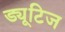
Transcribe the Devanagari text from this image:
ड्यूटिज